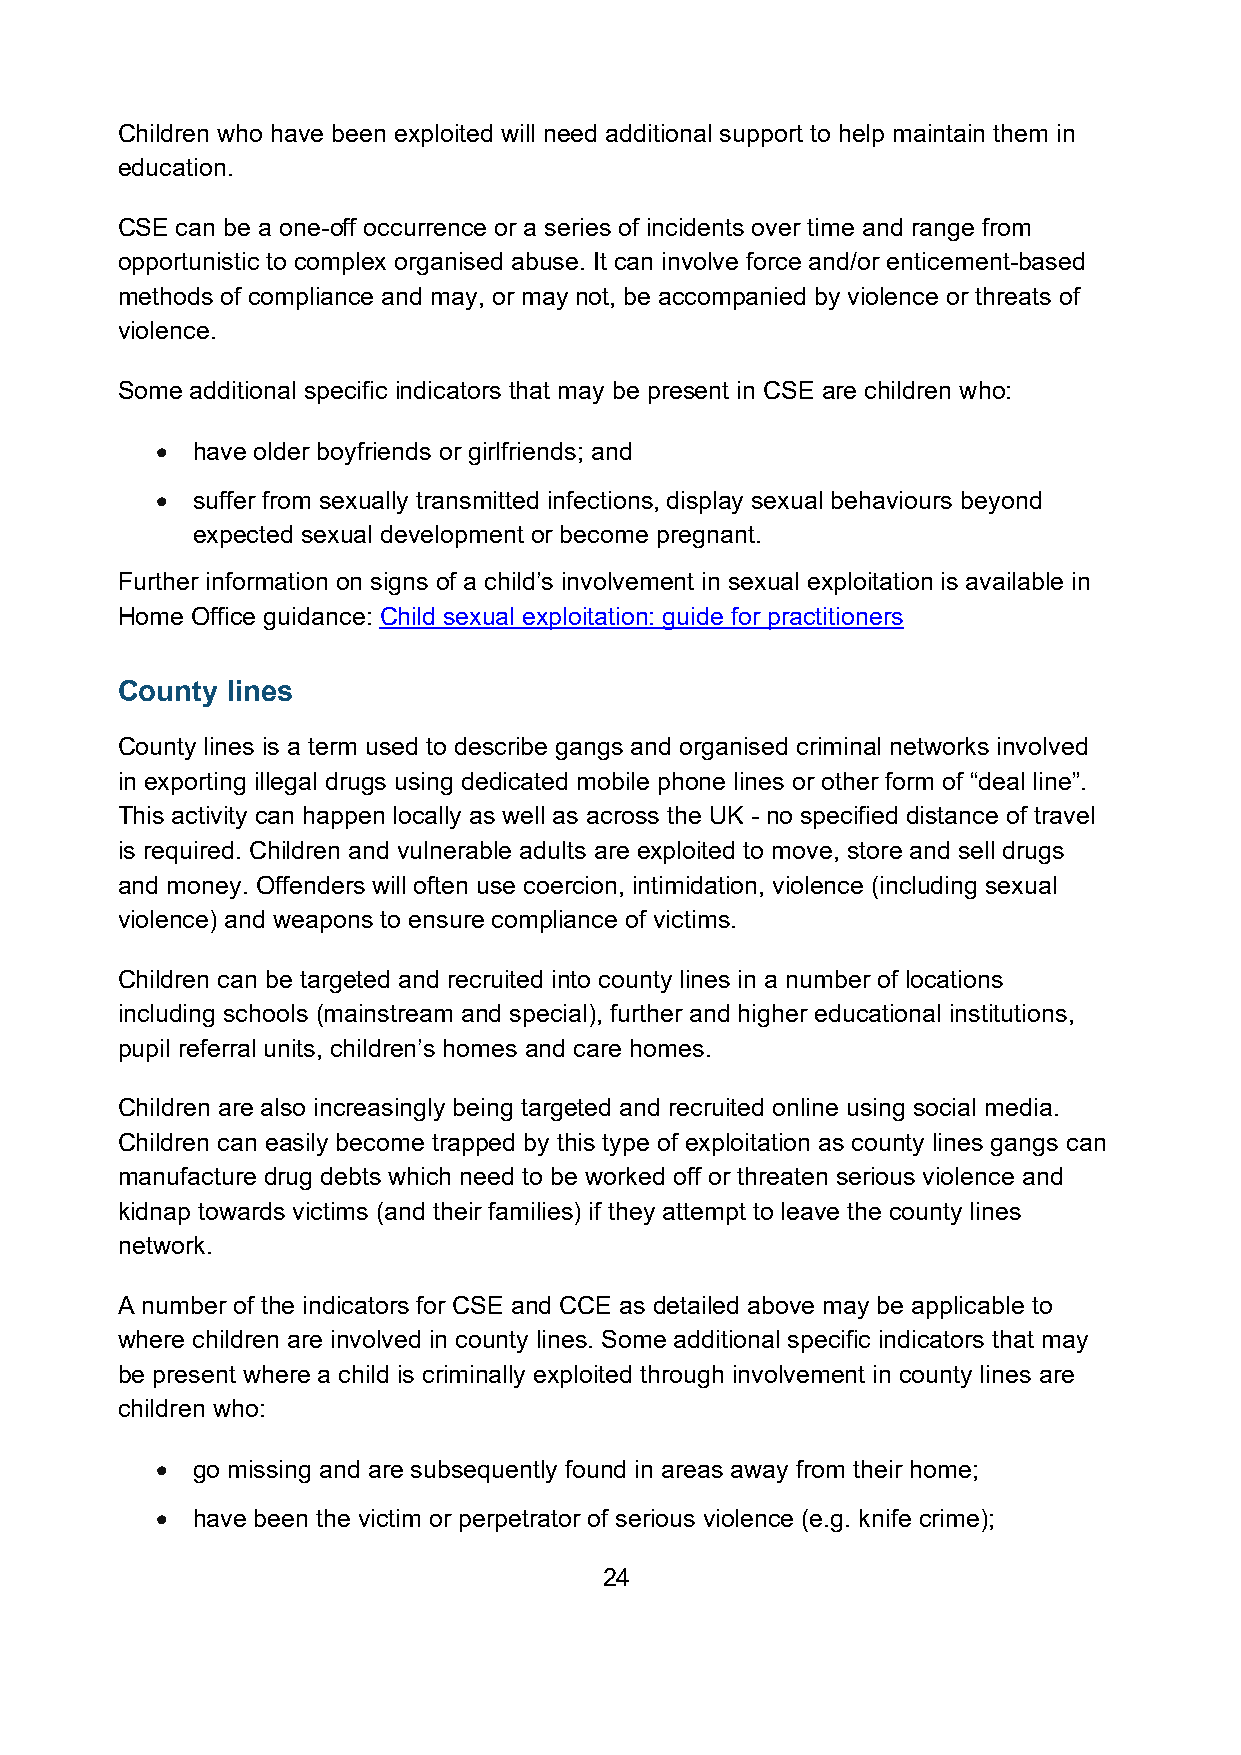
Children who have been exploited will need additional support to help maintain them in
 education.
 CSE can be a one-off occurrence or a series of incidents over time and range from
 opportunistic to complex organised abuse. It can involve force and/or enticement-based
 methods of compliance and may, or may not, be accompanied by violence or threats of
 violence.
 Some additional specific indicators that may be present in CSE are children who:
 •  have older boyfriends or girlfriends; and
 •  suffer from sexually transmitted infections, display sexual behaviours beyond
 expected sexual development or become pregnant.
 Further information on signs of a child’s involvement in sexual exploitation is available in
 Home Office guidance: Child sexual exploitation: guide for practitioners
 County lines
 County lines is a term used to describe gangs and organised criminal networks involved
 in exporting illegal drugs using dedicated mobile phone lines or other form of “deal line”.
 This activity can happen locally as well as across the UK - no specified distance of travel
 is required. Children and vulnerable adults are exploited to move, store and sell drugs
 and money. Offenders will often use coercion, intimidation, violence (including sexual
 violence) and weapons to ensure compliance of victims.
 Children can be targeted and recruited into county lines in a number of locations
 including schools (mainstream and special), further and higher educational institutions,
 pupil referral units, children’s homes and care homes.
 Children are also increasingly being targeted and recruited online using social media.
 Children can easily become trapped by this type of exploitation as county lines gangs can
 manufacture drug debts which need to be worked off or threaten serious violence and
 kidnap towards victims (and their families) if they attempt to leave the county lines
 network.
 A number of the indicators for CSE and CCE as detailed above may be applicable to
 where children are involved in county lines. Some additional specific indicators that may
 be present where a child is criminally exploited through involvement in county lines are
 children who:
 •  go missing and are subsequently found in areas away from their home;
 •  have been the victim or perpetrator of serious violence (e.g. knife crime);
 24